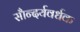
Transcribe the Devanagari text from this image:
सौन्दर्यवर्धक